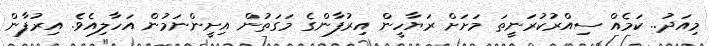
މިއަދު.. ކަމެއް ސިއްރުކުރަނީތަ މަށަށް ރަޔާހީން އިރުފާންގެ މަގަތުން އިށީންނަމުން އަހާލިއެވެ. އިރުފާން